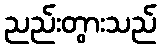
ညည်းတွားသည်